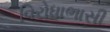
વિરોધાભાસી